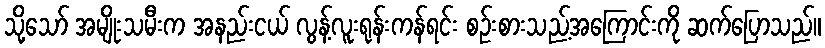
သို့သော် အမျိုးသမီးက အနည်းငယ် လွန့်လူးရုန်းကန်ရင်း စဉ်းစားသည့်အကြောင်းကို ဆက်ပြောသည်။